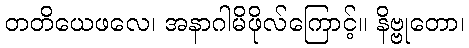
တတိယေဖလေ၊ အနာဂါမိဖိုလ်ကြောင့်။ နိဗ္ဗုတော၊